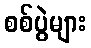
စစ်ပွဲများ